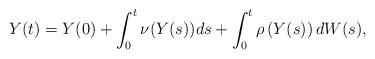
LaTeX: \begin{align*}Y(t)=Y(0)+\int_0^t\nu(Y(s))ds+\int_0^t\rho\left(Y(s)\right)dW(s),\end{align*}